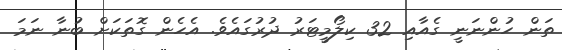
ތަން ހުންނަނީ ގެއާއި 32 ކިލޯމީޓަރު ދުރުގައެވެ. އެހެން ގޮތަކަށް ބުނާ ނަމަ